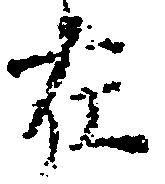
在